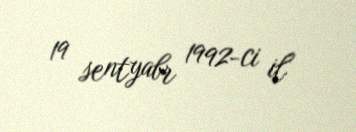
19 sentyabr 1992-ci il